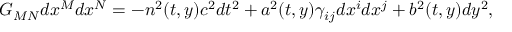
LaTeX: G _ { M N } d x ^ { M } d x ^ { N } = - n ^ { 2 } ( t , y ) c ^ { 2 } d t ^ { 2 } + a ^ { 2 } ( t , y ) \gamma _ { i j } d x ^ { i } d x ^ { j } + b ^ { 2 } ( t , y ) d y ^ { 2 } ,